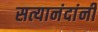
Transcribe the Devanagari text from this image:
सत्यानंदांनी